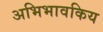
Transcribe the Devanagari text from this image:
अभिभावकिय